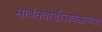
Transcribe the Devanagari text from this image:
सावंतवाडीजवळच्या